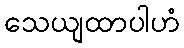
သေယျထာပါဟံ